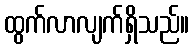
ထွက်လာလျက်ရှိသည်။